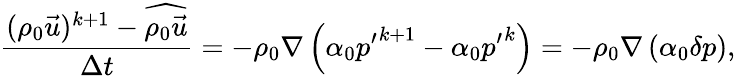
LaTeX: \frac{(\rho_{0}\vec{u})^{k+1}-\widehat{\rho_{0}\vec{u}}}{\Delta t}=-\rho_{0}\nabla\left(\alpha_{0}{p^{\prime}}^{k+1}-\alpha_{0}{p^{\prime}}^{k}\right)=-\rho_{0}\nabla\left(\alpha_{0}\delta p\right),